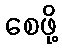
စေဖို့